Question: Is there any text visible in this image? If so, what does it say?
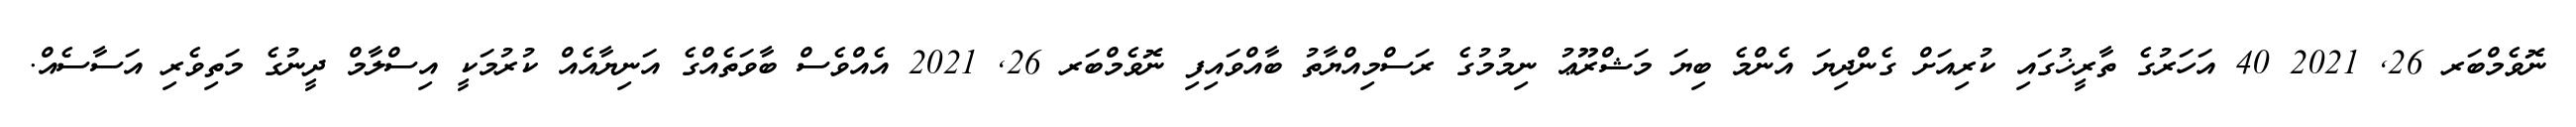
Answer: ނޮވެމްބަރ 26, 2021 40 އަހަރުގެ ތާރީޚުގައި ކުރިއަށް ގެންދިޔަ އެންމެ ބިޔަ މަޝްރޫޢު ނިމުމުގެ ރަސްމިއްޔާތު ބާއްވައިފި ނޮވެމްބަރ 26, 2021 އެއްވެސް ބާވަތެއްގެ އަނިޔާއެއް ކުރުމަކީ އިސްލާމް ދީނުގެ މަތިވެރި އަސާސެއް.